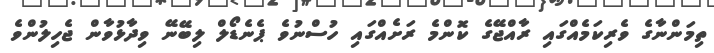
ތިމަންނާގެ ވެރިކަމެއްގައި ރާއްޖޭގެ ކޮންމެ ރަށެއްގައި ހުސްނުވެ ޕެނެޑޯލް ލިބޭނޭ ވިދާޅުވާން ޖެހިލުންވެ